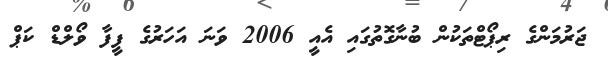
ޖަރުމަންގެ ރިޕޯޓްތަކުން ބުނާގޮތުގައި އެއީ 2006 ވަނަ އަހަރުގެ ފީފާ ވޯލްޑް ކަޕް